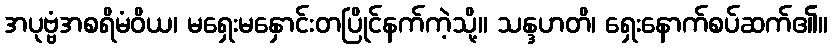
အပုဗ္ဗံအစရိမံဝိယ၊ မရှေးမနှောင်းတပြိုင်နက်ကဲ့သို့။ သန္ဒဟတိ၊ ရှေးနောက်စပ်ဆက်၏။